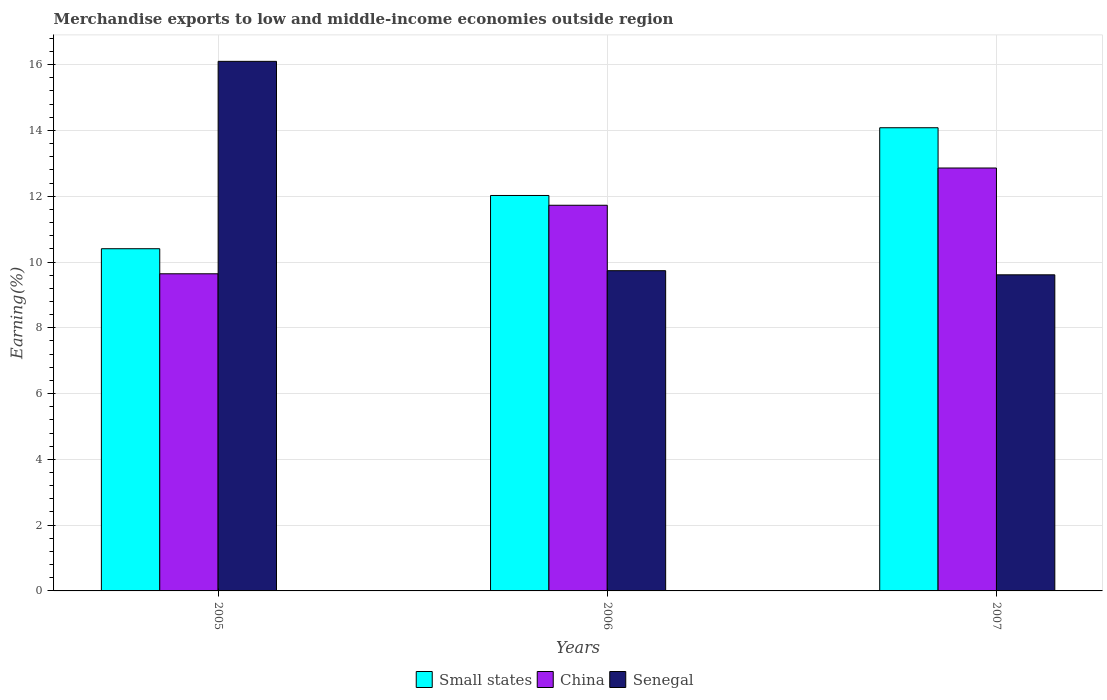
| Years | Small states | China | Senegal |
 | --- | --- | --- | --- |
 | 2005 | 10.4 | 9.64 | 16.1 |
 | 2006 | 12 | 11.7 | 9.74 |
 | 2007 | 14.1 | 12.9 | 9.61 |